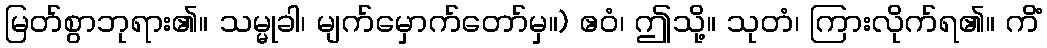
မြတ်စွာဘုရား၏။ သမ္မုခါ၊ မျက်မှောက်တော်မှ။) ဧဝံ၊ ဤသို့။ သုတံ၊ ကြားလိုက်ရ၏။ ကိံ